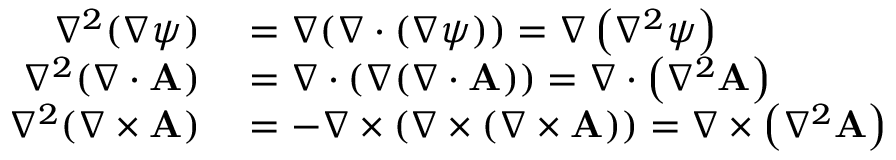
\begin{array} { r l } { \nabla ^ { 2 } ( \nabla \psi ) } & { { } = \nabla ( \nabla \cdot ( \nabla \psi ) ) = \nabla \left( \nabla ^ { 2 } \psi \right) } \\ { \nabla ^ { 2 } ( \nabla \cdot \mathbf { A } ) } & { { } = \nabla \cdot ( \nabla ( \nabla \cdot \mathbf { A } ) ) = \nabla \cdot \left( \nabla ^ { 2 } \mathbf { A } \right) } \\ { \nabla ^ { 2 } ( \nabla \times \mathbf { A } ) } & { { } = - \nabla \times ( \nabla \times ( \nabla \times \mathbf { A } ) ) = \nabla \times \left( \nabla ^ { 2 } \mathbf { A } \right) } \end{array}